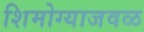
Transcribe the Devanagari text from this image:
शिमोग्याजवळ